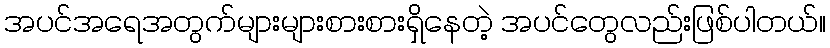
အပင်အရေအတွက်များများစားစားရှိနေတဲ့ အပင်တွေလည်းဖြစ်ပါတယ်။